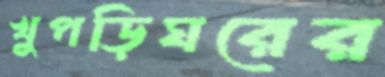
খুপড়িঘরের